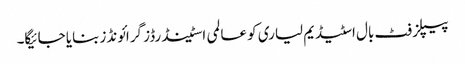
پیپلز فٹ بال اسٹیڈیم لیاری کو عالمی اسٹینڈرڈز گرائونڈز بنایا جائیگا۔